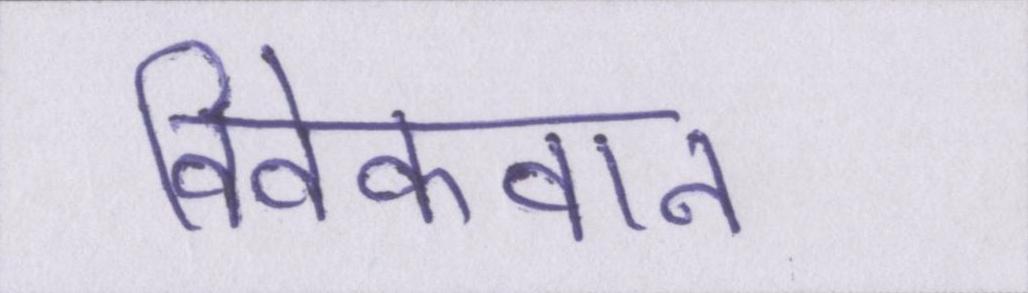
विवेकवान